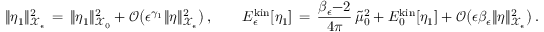
\| \eta _ { 1 } \| _ { \mathcal { X } _ { \epsilon } } ^ { 2 } \, = \, \| \eta _ { 1 } \| _ { \mathcal { X } _ { 0 } } ^ { 2 } + \mathcal { O } \bigl ( \epsilon ^ { \gamma _ { 1 } } \| \eta \| _ { \mathcal { X } _ { \epsilon } } ^ { 2 } \bigr ) \, , \qquad E _ { \epsilon } ^ { \mathrm { k i n } } [ \eta _ { 1 } ] \, = \, \frac { \beta _ { \epsilon } { - } 2 } { 4 \pi } \, \tilde { \mu } _ { 0 } ^ { 2 } + E _ { 0 } ^ { \mathrm { k i n } } [ \eta _ { 1 } ] + \mathcal { O } \bigl ( \epsilon \beta _ { \epsilon } \| \eta \| _ { \mathcal { X } _ { \epsilon } } ^ { 2 } \bigr ) \, .